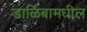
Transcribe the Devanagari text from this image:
डाळिंबामधील